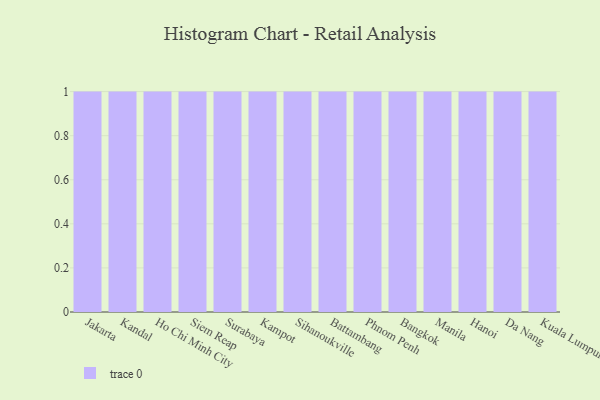
{"axis": {"x": "City", "y": "Operating Costs (USD K)"}, "legend": [""], "data": [{"x": "Jakarta", "y": 2, "type": ""}, {"x": "Kandal", "y": 16, "type": ""}, {"x": "Ho Chi Minh City", "y": 82, "type": ""}, {"x": "Siem Reap", "y": 85, "type": ""}, {"x": "Surabaya", "y": 50, "type": ""}, {"x": "Kampot", "y": 80, "type": ""}, {"x": "Sihanoukville", "y": 2, "type": ""}, {"x": "Battambang", "y": 94, "type": ""}, {"x": "Phnom Penh", "y": 45, "type": ""}, {"x": "Bangkok", "y": 99, "type": ""}, {"x": "Manila", "y": 55, "type": ""}, {"x": "Hanoi", "y": 96, "type": ""}, {"x": "Da Nang", "y": 28, "type": ""}, {"x": "Kuala Lumpur", "y": 84, "type": ""}]}